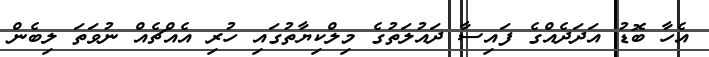
އެހާ ބޮޑު އަދަދެއްގެ ފައިސާ ދައުލަތުގެ މިލްކިޔާތުގައި ހުރި އެއްޗެއް ނުވަތަ ލިބެން